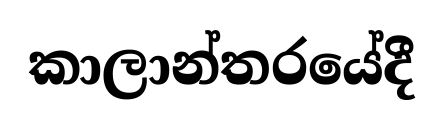
කාලාන්තරයේදී